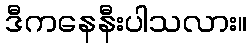
ဒီကနေနီးပါသလား။